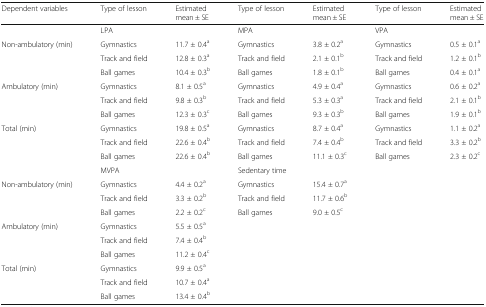
| Dependent variables | Type of lesson | Estimated mean ± SE | Type of lesson | Estimated mean ± SE | Type of lesson | Estimated mean ± SE |
 | --- | --- | --- | --- | --- | --- | --- |
 |  | <COLSPAN=2> LPA | <COLSPAN=2> MPA | <COLSPAN=2> VPA |
 | <ROWSPAN=3> Non-ambulatory (min) | Gymnastics | 11.7 ± 0.4a | Gymnastics | 3.8 ± 0.2a | Gymnastics | 0.5 ± 0.1a |
 | Track and field | 12.8 ± 0.3a | Track and field | 2.1 ± 0.1b | Track and field | 1.2 ± 0.1b |
 | Ball games | 10.4 ± 0.3b | Ball games | 1.8 ± 0.1b | Ball games | 0.4 ± 0.1a |
 | <ROWSPAN=3> Ambulatory (min) | Gymnastics | 8.1 ± 0.5a | Gymnastics | 4.9 ± 0.4a | Gymnastics | 0.6 ± 0.2a |
 | Track and field | 9.8 ± 0.3b | Track and field | 5.3 ± 0.3a | Track and field | 2.1 ± 0.1b |
 | Ball games | 12.3 ± 0.3c | Ball games | 9.3 ± 0.3b | Ball games | 1.9 ± 0.1b |
 | <ROWSPAN=3> Total (min) | Gymnastics | 19.8 ± 0.5a | Gymnastics | 8.7 ± 0.4a | Gymnastics | 1.1 ± 0.2a |
 | Track and field | 22.6 ± 0.4b | Track and field | 7.4 ± 0.4b | Track and field | 3.3 ± 0.2b |
 | Ball games | 22.6 ± 0.4b | Ball games | 11.1 ± 0.3c | Ball games | 2.3 ± 0.2c |
 |  | <COLSPAN=2> MVPA | <COLSPAN=2> Sedentary time | <ROWSPAN=10-COLSPAN=2>  |
 | <ROWSPAN=3> Non-ambulatory (min) | Gymnastics | 4.4 ± 0.2a | Gymnastics | 15.4 ± 0.7a |
 | Track and field | 3.3 ± 0.2b | Track and field | 11.7 ± 0.6b |
 | Ball games | 2.2 ± 0.2c | Ball games | 9.0 ± 0.5c |
 | <ROWSPAN=3> Ambulatory (min) | Gymnastics | 5.5 ± 0.5a |  |  |
 | Track and field | 7.4 ± 0.4b |  |  |
 | Ball games | 11.2 ± 0.4c |  |  |
 | <ROWSPAN=3> Total (min) | Gymnastics | 9.9 ± 0.5a |  |  |
 | Track and field | 10.7 ± 0.4a |  |  |
 | Ball games | 13.4 ± 0.4b |  |  |